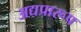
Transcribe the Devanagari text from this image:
अद्यप्रारूप